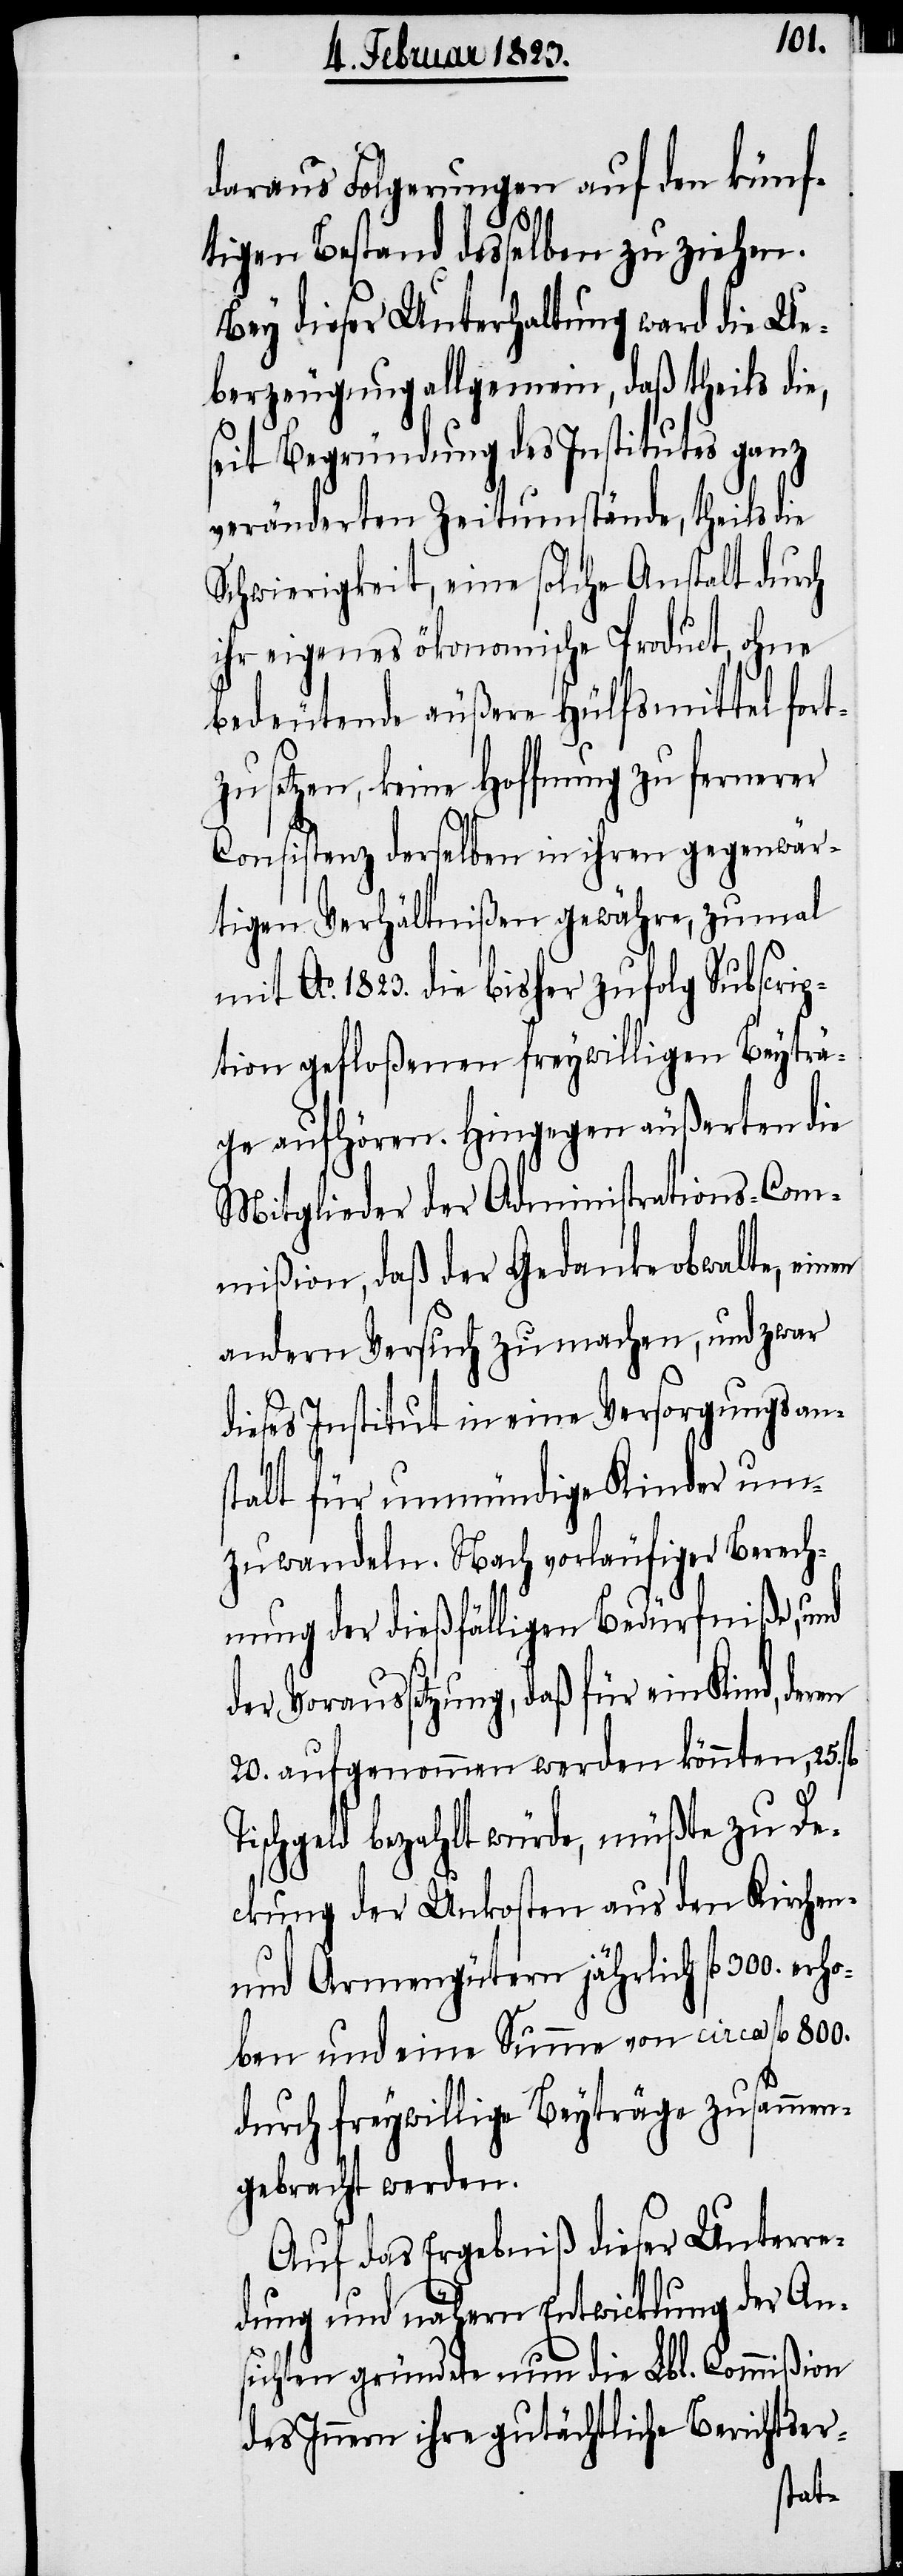
daraus Folgerungen auf den künf¬
tigen Bestand desselben zu ziehen.
Bey dieser Unterhaltung ward die Ue¬
berzeugung allgemein, daß theils die,
seit Begründung des Institutes ganz
veränderten Zeitumstände, theils die
Schwierigkeit, eine solche Anstalt durch
ihr eigenes ökonomische Product, ohne
bedeutende äußere Hülfsmittel fort¬
zusetzen, keine Hoffnung zu fernerer
Consistenz derselben in ihren gegenwär¬
tigen Verhältnißen gewähre, zumal
mit Ao. 1823. die bisher zufolg Subscrip¬
tion gefloßenen freywilligen Beyträ¬
ge aufhören. Hingegen äußerten die
Mitglieder der Administrations-Com¬
mißion, daß der Gedanke obwalte, einen
andern Versuch zu machen, und zwar
dieses Institut in eine Versorgungsan¬
stalt für unmündige Kinder um¬
zuwandeln. Nach vorläufiger Berech¬
nung der dießfälligen Bedürfniße, und
der Voraussetzung, daß für ein Kind,
20. aufgenommen werden könnten, 25.
Tischgeld bezahlt würde, müßte zu De¬
ckung der Unkosten aus den Kirchen-
und Armengütern jährlich fl. 300. erh¬
oben und eine Summe von circa fl. 800.
durch freywillige Beyträge zusammen¬
gebracht werden.
Auf das Ergebniß dieser Unterre¬
dung und nähern Entwicklung der An¬
sichten gründete nun die Lbl. Commißion
des Innern ihre gutächtliche Berichtser-